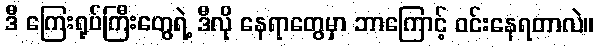
ဒီ ကြေးရုပ်ကြီးတွေရဲ့ ဒီလို နေရာတွေမှာ ဘာကြောင့် ဝင်းနေရတာလဲ။